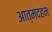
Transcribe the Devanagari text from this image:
आत्मदहन